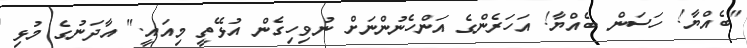
"ބެއްޔާ! ހަސަން ބެއްޔާ! އަހަރެންގެ އަންހެނުންނަށް ނުވިހިގެން އުޅޭތީ މިއައީ." އާދަނުގެ މުޅި